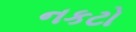
નકટો